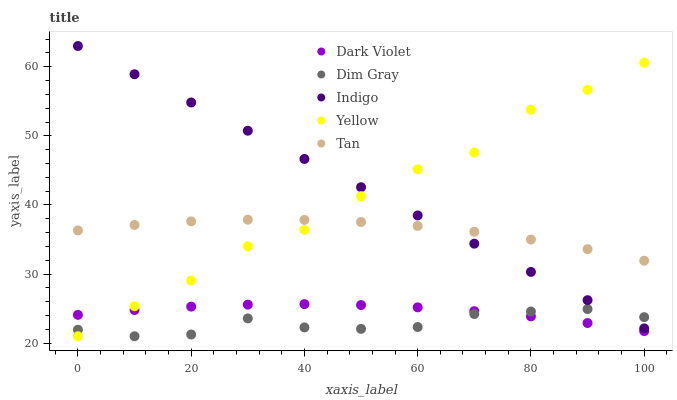
| xaxis_label | Dark Violet | Dim Gray | Indigo | Yellow | Tan |
 | --- | --- | --- | --- | --- | --- |
 | 0 | 24.1 | 21.9 | 63 | 21 | 36.3 |
 | 10 | 24.8 | 21 | 58.9 | 25.3 | 37.1 |
 | 20 | 25.3 | 21.3 | 54.8 | 29.1 | 37.6 |
 | 30 | 25.6 | 23.6 | 50.7 | 34 | 37.9 |
 | 40 | 25.7 | 22.3 | 46.7 | 36.4 | 37.8 |
 | 50 | 25.5 | 22.1 | 42.6 | 41.3 | 37.5 |
 | 60 | 25.2 | 22.3 | 38.5 | 45.2 | 37 |
 | 70 | 24.6 | 24.2 | 34.4 | 47.6 | 36.1 |
 | 80 | 23.9 | 24.6 | 30.3 | 53.8 | 35 |
 | 90 | 22.9 | 24.9 | 26.2 | 56.7 | 33.6 |
 | 100 | 21.7 | 23.8 | 22.1 | 60.6 | 31.9 |